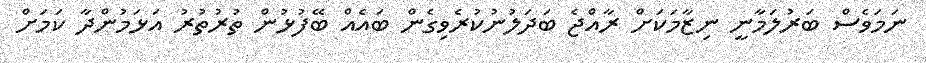
ނަމަވެސް ބަރުލަމާނީ ނިޒާމަކަށް ރާއްޖެ ބަދަލުނުކުރެވިގެން ބައެއް ބޭފުޅުން ތުރުތުރު އަޅަމުންދާ ކަމަށް